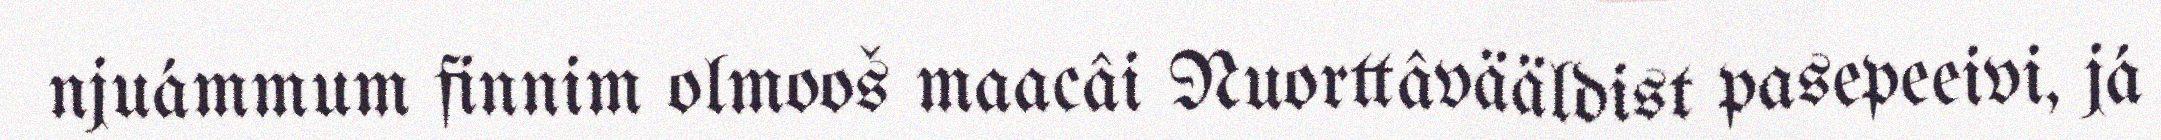
njuámmum finnim olmooš maacâi Nuorttâvääldist pasepeeivi, já